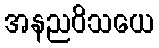
အနညဝိသယေ